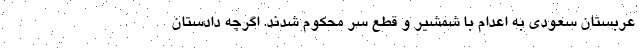
عربستان سعودی به اعدام با شمشیر و قطع سر محکوم شدند. اگرچه دادستان